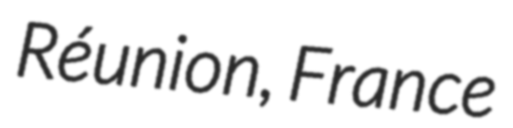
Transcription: Réunion, France